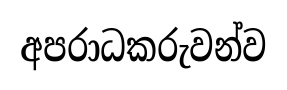
අපරාධකරුවන්ව